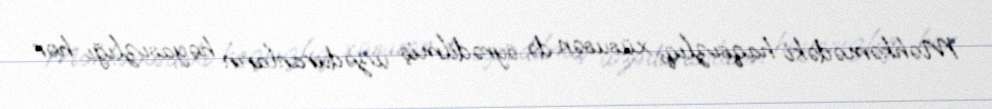
Məhkəmədəki haqsızlıq, xüsusən də öyrədilmiş üzəduranların həyasızlığı hər